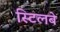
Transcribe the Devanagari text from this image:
स्टिलबे